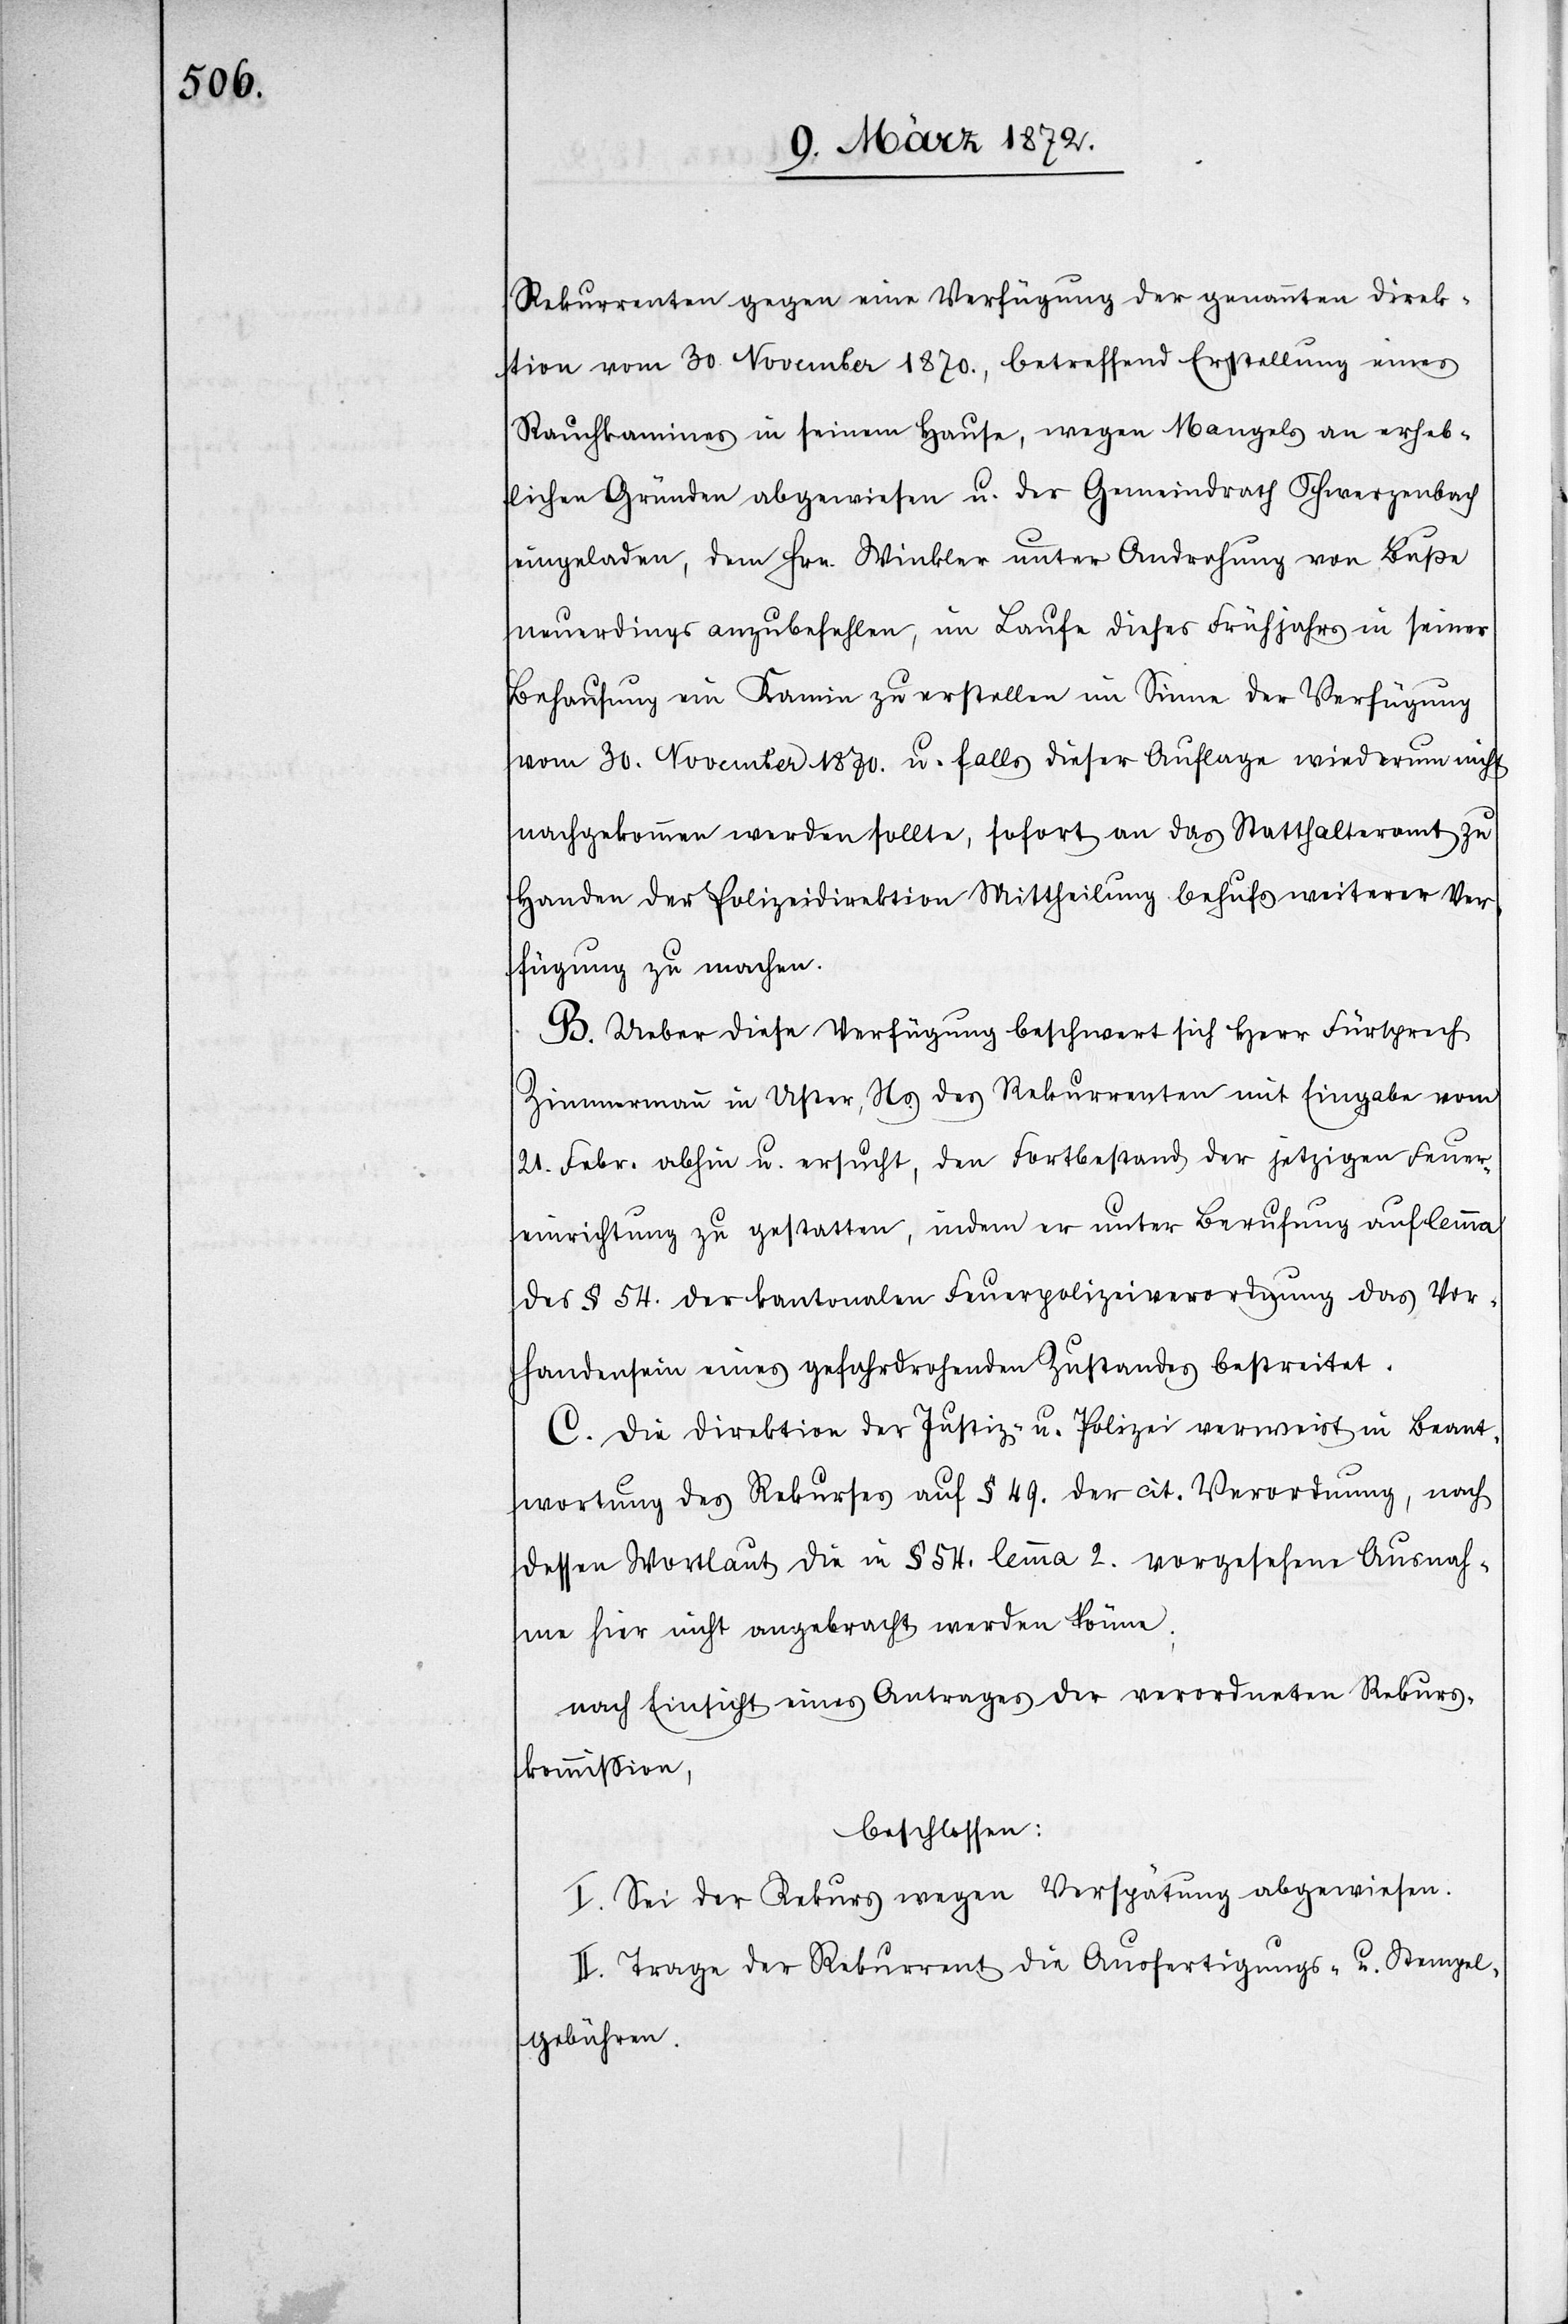
Rekurrenten gegen eine Verfügung der genannten Direk¬
tion vom 30. November 1870., betreffend Erstellung eines
Rauchkamines in seinem Hause, wegen Mangels an erheb¬
lichen Gründen abgewiesen u. der Gemeindrath Schwerzenbach
eingeladen, dem Hrn. Winkler unter Androhung von Buße
neuerdings anzubefehlen, im Laufe dieses Frühjahres in seiner
Behausung ein Kamin zu erstellen im Sinne der Verfügung
vom 30. November 1870. u. falls dieser Auflage wiederum nicht
nachgekommen werden sollte, sofort an das Statthalteramt zu
Handen der Polizeidirektion Mittheilung behufs weiterer Ver¬
fügung zu machen.
B. Ueber diese Verfügung beschwert sich Herr Fürsprech
Zimmermann in Uster, Ns. des Rekurrenten mit Eingabe vom
21. Febr. abhin u. ersucht, den Fortbestand der jetzigen Feuer¬
einrichtung zu gestatten, indem er unter Berufung auf lemma
des § 54. der kantonalen Feuerpolizeiverordnung das Vor¬
handensein eines gefahrdrohenden Zustandes bestreitet.
C. Die Direktion der Justiz- u. Polizei verweist in Beant¬
wortung des Rekurses auf § 49. der cit. Verordnung, nach
dessen Wortlaut die in § 54. lemma 2. vorgesehene Ausnah¬
me hier nicht angebracht werden könne;
nach Einsicht eines Antrages der verordneten Rekurs¬
kommission,
beschlossen:
I. Sei der Rekurs wegen Verspätung abgewiesen.
II. Trage der Rekurrent die Ausfertigungs- u. Stempel¬
gebühren